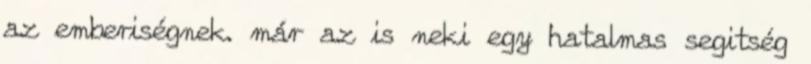
az emberiségnek. már az is neki egy hatalmas segitség